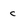
Character: c